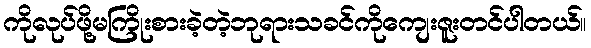
ကိုလုပ်ဖို့မကြိုးစားခဲ့တဲ့ဘုရားသခင်ကိုကျေးဇူးတင်ပါတယ်။